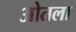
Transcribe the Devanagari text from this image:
ओतला